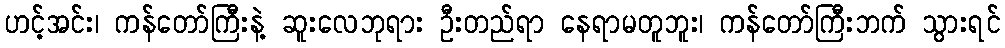
ဟင့်အင်း၊ ကန်တော်ကြီးနဲ့ ဆူးလေဘုရား ဦးတည်ရာ နေရာမတူဘူး၊ ကန်တော်ကြီးဘက် သွားရင်